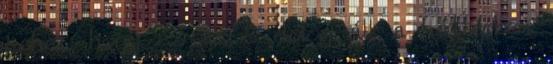
Lehet, hogy ez az 5 dolog áll a háttérben